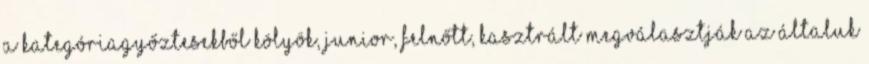
a kategóriagyőztesekből kölyök, junior, felnőtt, kasztrált megválasztják az általuk